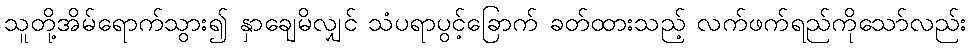
သူတို့အိမ်ရောက်သွား၍ နှာချေမိလျှင် သံပရာပွင့်ခြောက် ခတ်ထားသည့် လက်ဖက်ရည်ကိုသော်လည်း